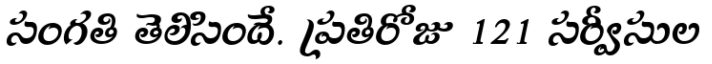
సంగతి తెలిసిందే. ప్రతిరోజు 121 సర్వీసుల